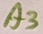
Text: A3